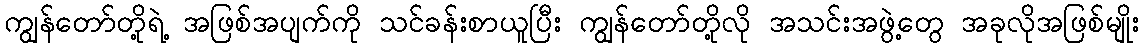
ကျွန်တော်တို့ရဲ့ အဖြစ်အပျက်ကို သင်ခန်းစာယူပြီး ကျွန်တော်တို့လို အသင်းအဖွဲ့တွေ အခုလိုအဖြစ်မျိုး